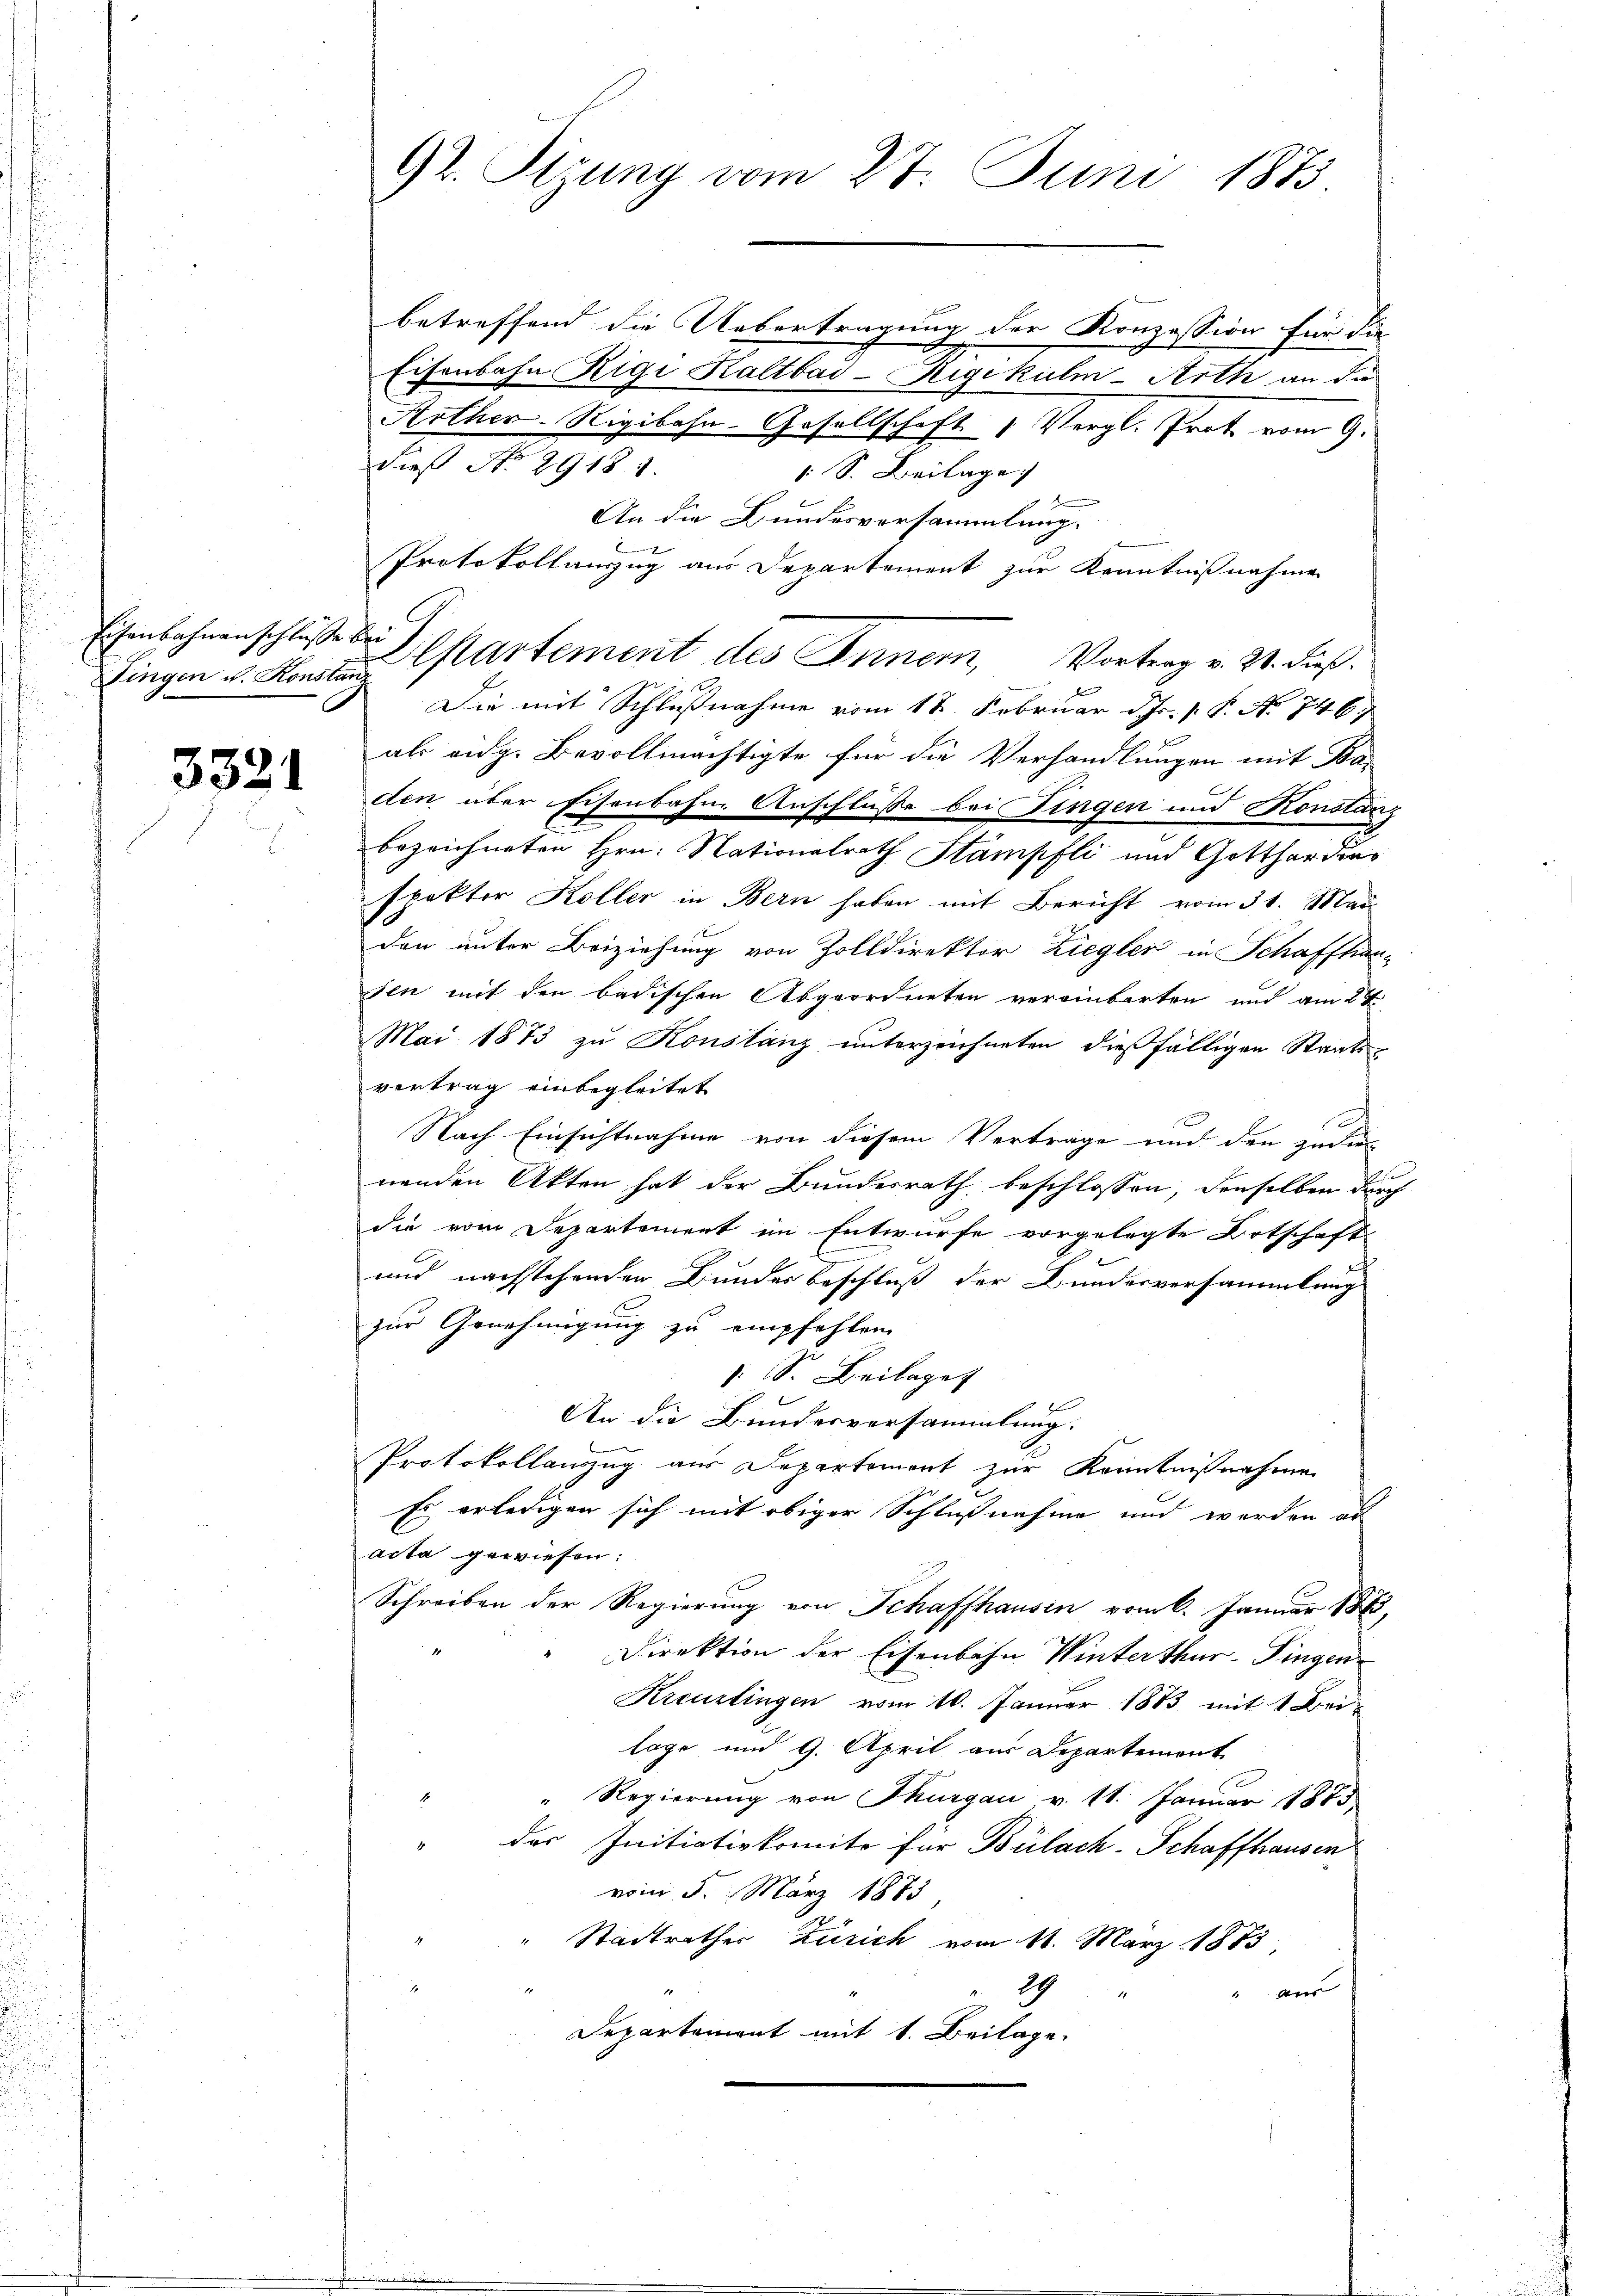
Eisenbahnanschlüsse bei

3321

betreffend die Uebertragung der Konzession für die
Eisenbahn Rigi Kaltbai-Rigikulm-Arth an die
Arther-Rigibahn-Gesellschaft Vergl. Prote vom 9.
dieß No 2918. 1.
. S. Beilage.
An die Bundesversammlung.
Protokollauszug aus Departement zur Kenntnißnahme
Fingen u. Konsten Martement des Inner, Vortrag v. 31. dieß.
Die mit Schlußnahme vom 12. Februar d. Js. p. P. No 746
als eidg. Bevollmächtigte für die Verhandlungen mit Bas
den über Eisenbahne Anschlüsse bei Fingen und Konstanz
bezeichneten Hrn. Nationalrath Stampfli und Gottharding
spektor Koller in Bern haben mit Bericht vom 31. Mai
den unter Beiziehung von Zolldirektor Ziegler in Schaffhausen mit den badischen Abgeordneten vereinbarten und am 24
Mai 1873 zu Konstanz unterzeichneten dießfälligen Staats-
vertrag einbegleitet
Nach Einsichtnahme von diesem Vertrage und den zudi
t

nenden Akten hat der Bundesrath beschlossen, denselben durch
die vom Departement im Entwurfe vorgelegte Botschaft-
und nachstehenden Bundes beschluß der Bundesversammlung
zur Genehmigung zu empfehlen.
s. S. Beilage
An die Bundesversammlung.
Protokollanzug aus Separtement zur Kenntnißnahme
Es erledigen sich mit obiger Schlußnahme und werden au
acta gewiesen:
Schreiben der Regierung von Schaffhausin vom 6. Januar 1885,
Direktion der Eisenbahn Winterthur-Fingen
Kreuzlingen vom 10. Januar 1883 mit 1 Beilage und 9. April aus Departement
" Regierung von Thurgau v. 11. Januar 1885
des Initiativkomite für Bülach-Schaffhausen
vom 5. März 1883,
" Stadtrathes Zürich vom 11. März 1883
29
heer
Departement mit 1. Beilage.

92. Sizung vom 27. Juni 1873